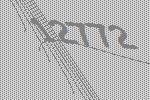
12772